Vaccination North-Western Provinces 1866-1877 - 1866-1877
Year: 1866
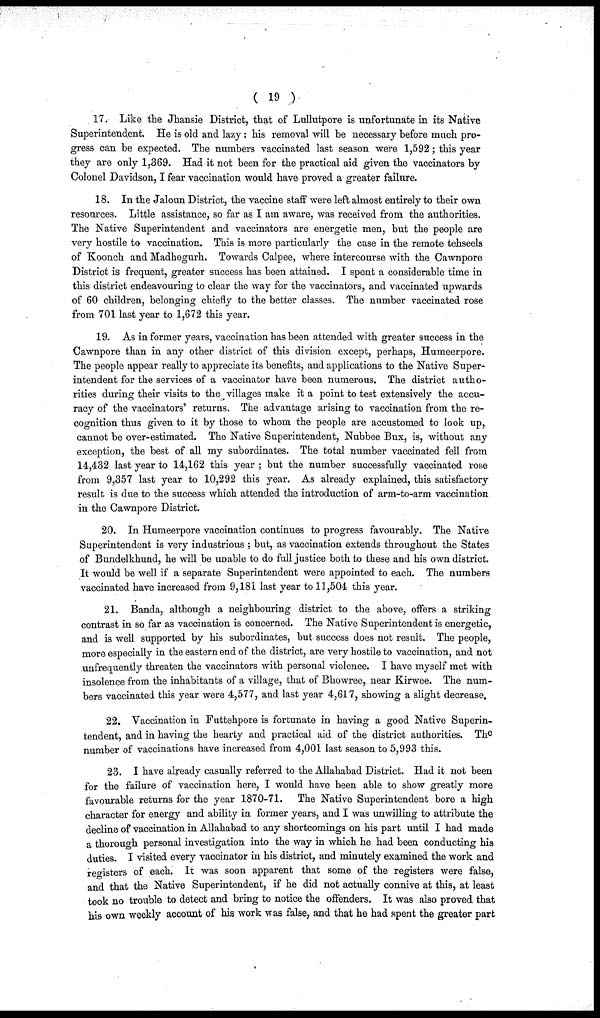
( 19 )
17. Like the Jhansie District, that of Lullutpore is unfortunate in its Native
Superintendent. He is old and lazy: his removal will be necessary before much pro-
gress can be expected. The numbers vaccinated last season were 1,592; this year
they are only 1,369. Had it not been for the practical aid given the vaccinators by
Colonel Davidson, I fear vaccination would have proved a greater failure.
18. In the Jaloun District, the vaccine staff were left almost entirely to their own
resources. Little assistance, so far as I am aware, was received from the authorities.
The Native Superintendent and vaccinators are energetic men, but the people are
very hostile to vaccination. This is more particularly the case in the remote tehseels
of Koonch and Madhogurh. Towards Calpee, where intercourse with the Cawnpore
District is frequent, greater success has been attained. I spent a considerable time in
this district endeavouring to clear the way for the vaccinators, and vaccinated upwards
of 60 children, belonging chiefly to the better classes. The number vaccinated rose
from 701 last year to 1,672 this year.
19. As in former years, vaccination has been attended with greater success in the
Cawnpore than in any other district of this division except, perhaps, Humeerpore.
The people appear really to appreciate its benefits, and applications to the Native Super-
intendent for the services of a vaccinator have been numerous. The district autho-
rities during their visits to the villages make it a point to test extensively the accu-
racy of the vaccinators' returns. The advantage arising to vaccination from the re-
cognition thus given to it by those to whom the people are accustomed to look up,
cannot be over-estimated. The Native Superintendent, Nubbee Bux, is, without any
exception, the best of all my subordinates. The total number vaccinated fell from
14,432 last year to 14,162 this year ; but the number successfully vaccinated rose
from 9,357 last year to 10,292 this year. As already explained, this satisfactory
result is due to the success which attended the introduction of arm-to-arm vaccination
in the Cawnpore District.
20. In Humeerpore vaccination continues to progress favourably. The Native
Superintendent is very industrious ; but, as vaccination extends throughout the States
of Bundelkhund, he will be unable to do full justice both to these and his own district.
It would be well if a separate Superintendent were appointed to each. The numbers
vaccinated have increased from 9,181 last year to 11,504 this year.
21. Banda, although a neighbouring district to the above, offers a striking
contrast in so far as vaccination is concerned. The Native Superintendent is energetic,
and is well supported by his subordinates, but success does not result. The people,
more especially in the eastern end of the district, are very hostile to vaccination, and not
unfrequently threaten the vaccinators with personal violence. I have myself met with
insolence from the inhabitants of a village, that of Bhowree, near Kirwee. The num-
bers vaccinated this year were 4,577, and last year 4,617, showing a slight decrease.
22. Vaccination in Futtehpore is fortunate in having a good Native Superin-
tendent, and in having the hearty and practical aid of the district authorities. The
number of vaccinations have increased from 4,001 last season to 5,993 this.
23. I have already casually referred to the Allahabad District. Had it not been
for the failure of vaccination here, I would have been able to show greatly more
favourable returns for the year 1870-71. The Native Superintendent bore a high
character for energy and ability in former years, and I was unwilling to attribute the
decline of vaccination in Allahabad to any shortcomings on his part until I had made
a thorough personal investigation into the way in which he had been conducting his
duties. I visited every vaccinator in his district, and minutely examined the work and
registers of each. It was soon apparent that some of the registers were false,
and that the Native Superintendent, if he did not actually connive at this, at least
took no trouble to detect and bring to notice the offenders. It was also proved that
his own weekly account of his work was false, and that he had spent the greater part